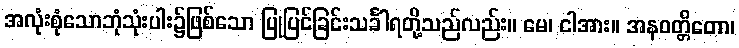
အလုံးစုံသောဘုံသုံးပါး၌ဖြစ်သော ပြုပြင်ခြင်းသင်္ခါရတို့သည်လည်း။ မေ၊ ငါအား။ အနဝတ္တိတော၊